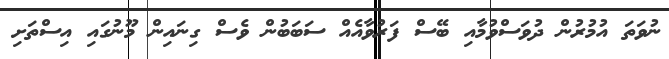
ނުވަތަ އުމުރުން ދުވަސްވުމާއި ބޭސް ފަރުވާއެއް ސަބަބުން ވެސް ގިނައިން މޫނުގައި އިސްތަށި